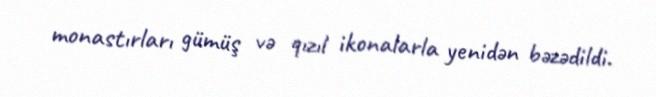
monastırları gümüş və qızıl ikonalarla yenidən bəzədildi.